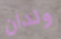
ولدان